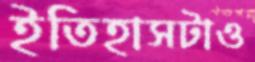
ইতিহাসটাও